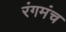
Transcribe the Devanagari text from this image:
रंगमंच